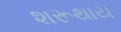
શરૂથાય